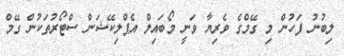
ލިބުނު ފަހުން މި ގޭމްގެ ވެރިޔާ ވަނީ މޯބައިލް އެޕްލިކޭޝަން ސްޓޯރުތަކުން ގޭމް